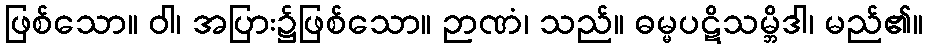
ဖြစ်သော။ ဝါ၊ အပြား၌ဖြစ်သော။ ဉာဏံ၊ သည်။ ဓမ္မပဋိသမ္ဘိဒါ၊ မည်၏။